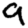
Digit: 9